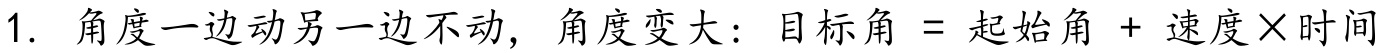
1. 角度一边动另一边不动，角度变大：目标角 = 起始角 + 速度×时间